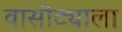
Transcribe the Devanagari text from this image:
वासोट्याला